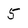
Character: 5